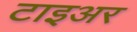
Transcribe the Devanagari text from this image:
टाइअर